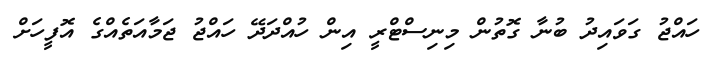
ހައްޖު ގަވައިދު ބުނާ ގޮތުން މިނިސްޓްރީ އިން ހުއްދަދޭ ހައްޖު ޖަމާއަތެއްގެ އޮފީހަށް